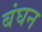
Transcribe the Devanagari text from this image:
बंघन